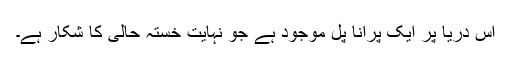
اس دریا پر ایک پرانا پُل موجود ہے جو نہایت خستہ حالی کا شکار ہے۔